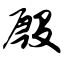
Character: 殷